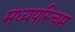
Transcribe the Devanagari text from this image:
मध्यपस्चिम